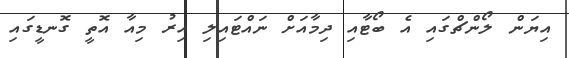
އިޔަން ލޯންޗްގައި އެ ބޯޓާއި ދިމާއަށް ނައްޓައިލި އިރު މިއާ އޮތީ ގޮނޑީގައި